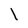
Character: l